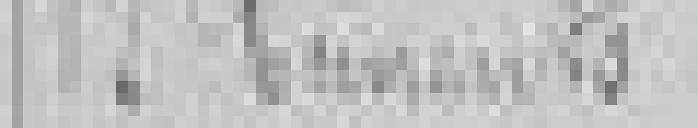
17. Ciments